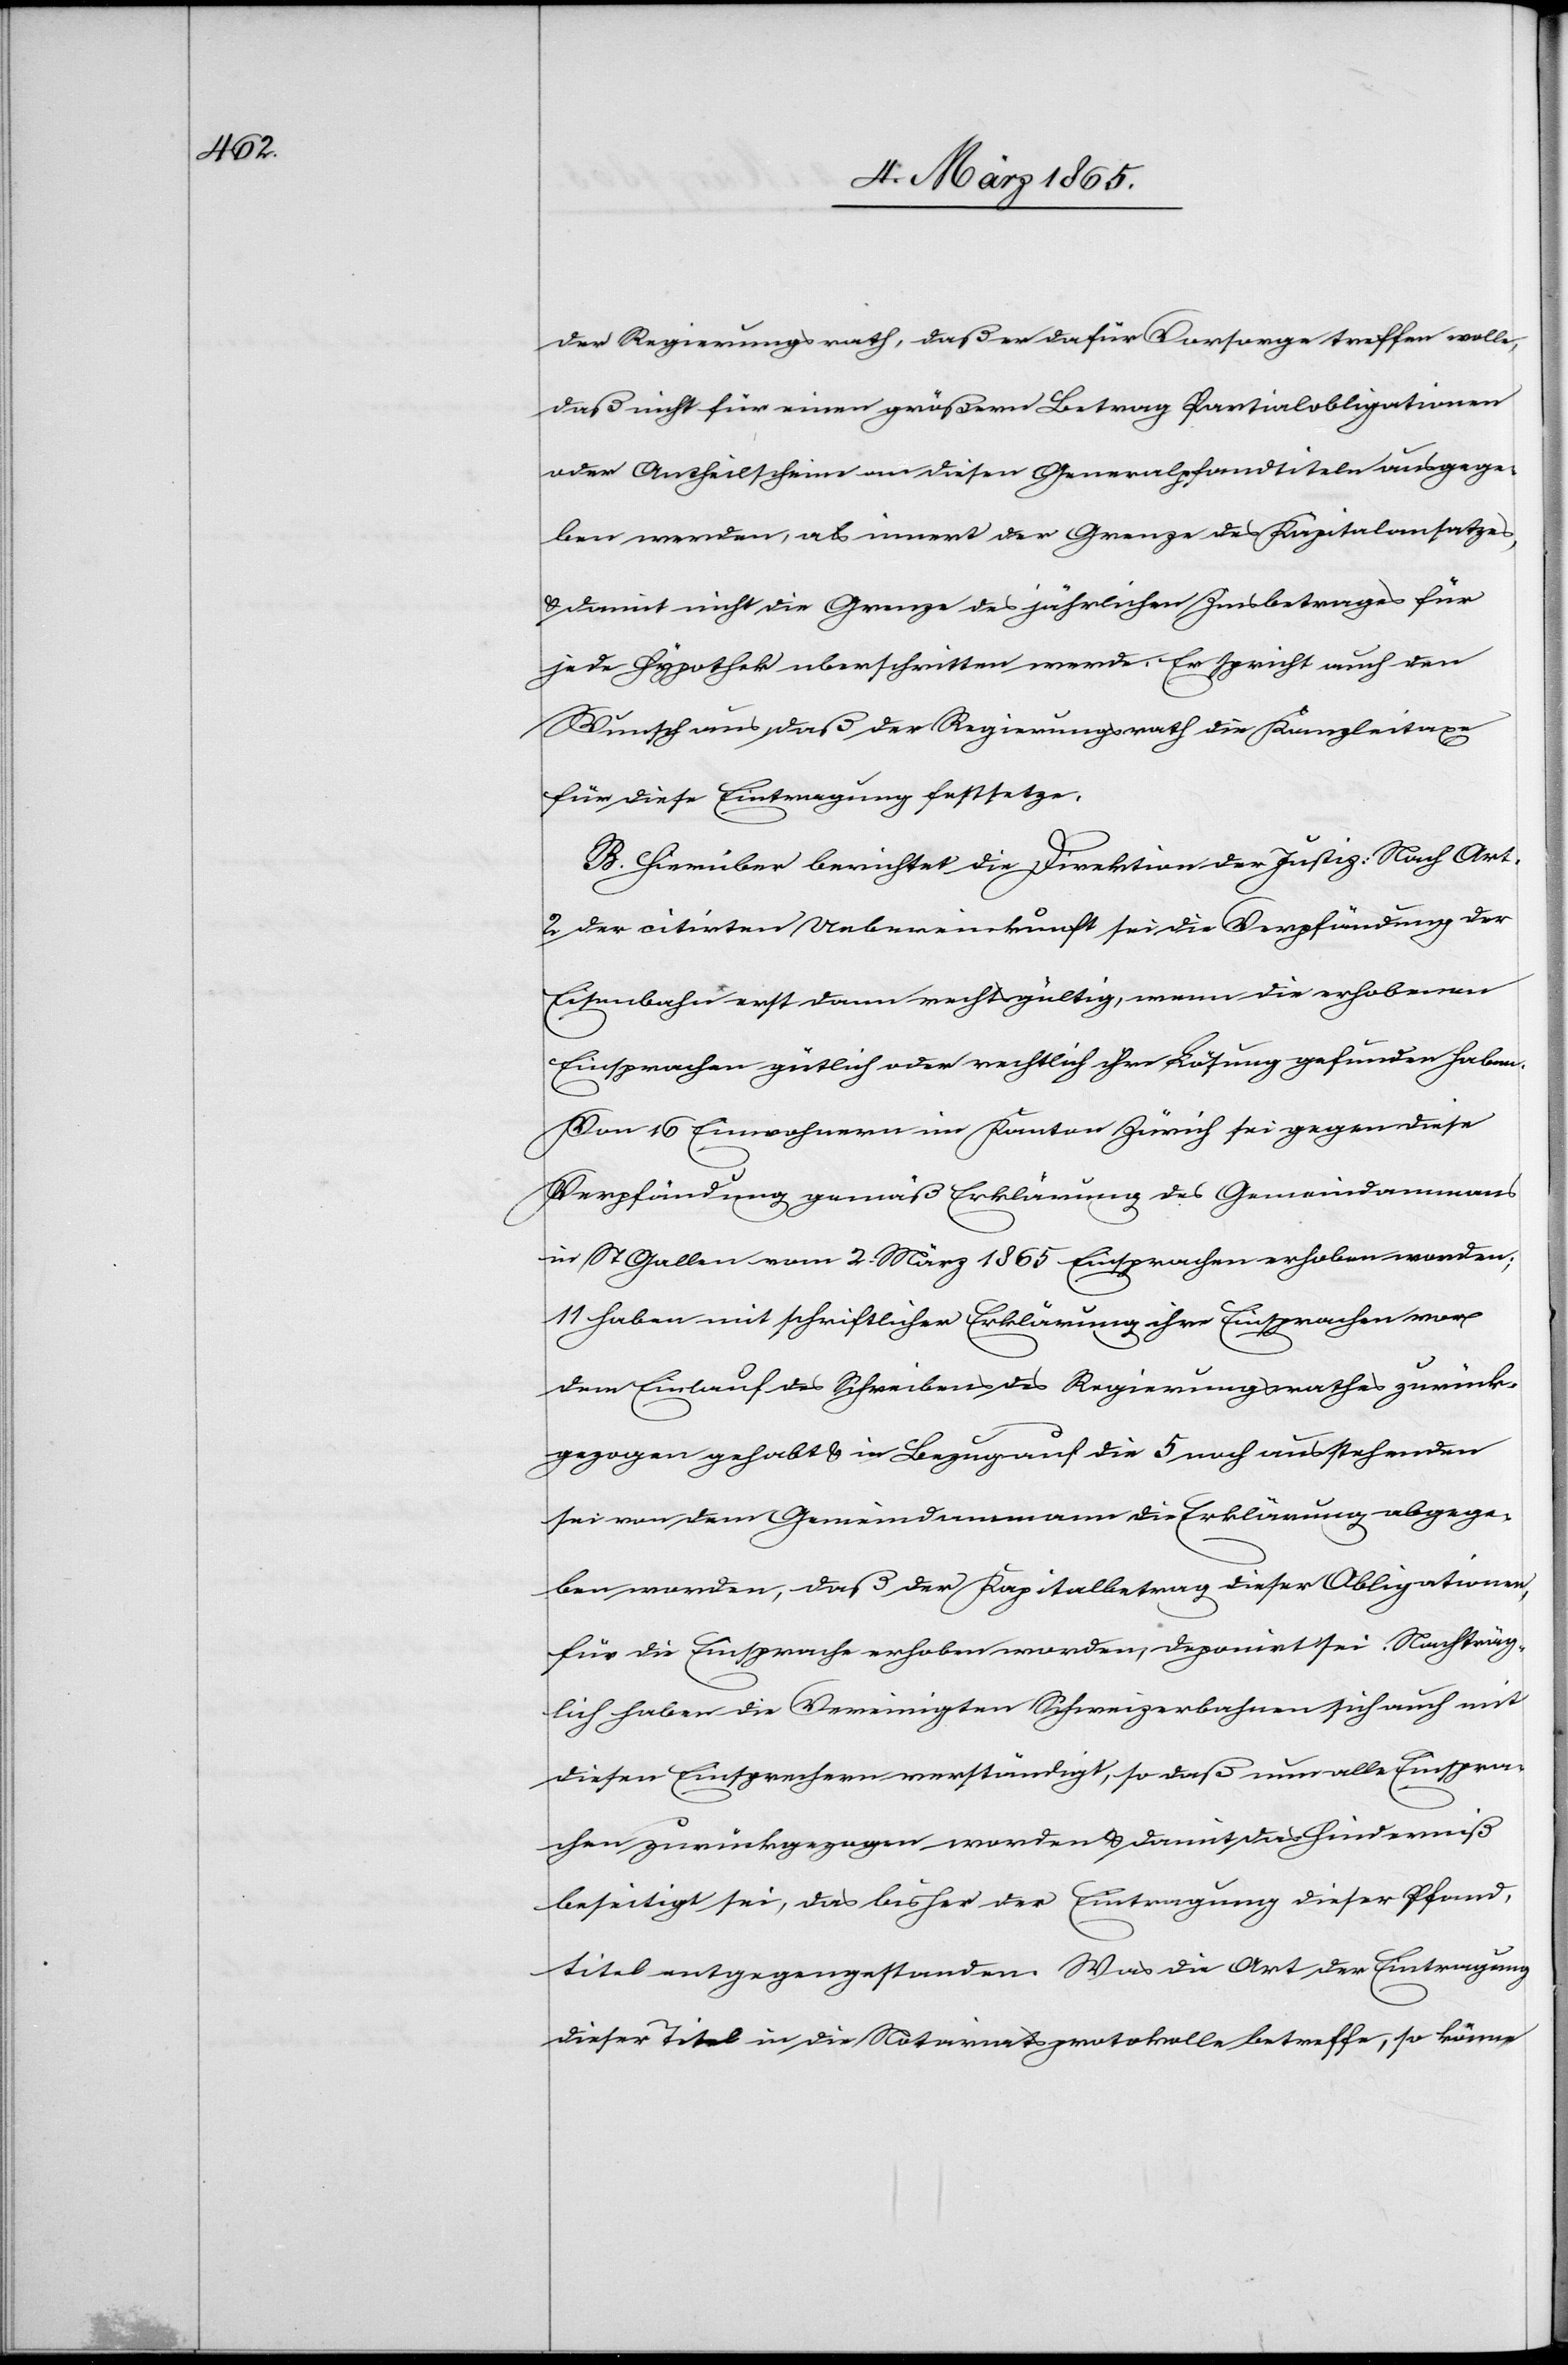
der Regierungsrath, daß er dafür Vorsorge treffen wolle,
daß nicht für einen größern Betrag Partialobligationen
oder Antheilscheine an diesen Generalpfandtiteln ausgege¬
ben werden, als innert der Grenze des Kapitalansatzes,
u. damit nicht die Grenze des jährlichen Zinsbetrages für
jede Hypothek uberschritten werde. Er spricht auch den
Wunsch aus, daß der Regierungsrath die Kanzleitaxe
für diese Eintragung festsetze.
B. Hierüber berichtet die Direktion der Justiz: Nach Art.
2 der citirten Uebereinkunft sei die Verpfändung der
Eisenbahn erst dann rechtsgültig, wenn die erhobenen
Einsprachen gütlich oder rechtlich ihre Lösung gefunden haben.
Von 16 Einwohnern im Kanton Zürich sei[en] gegen diese
Verpfändung gemäß Erklärung des Gemeindammanns
in St. Gallen vom 2. März 1865 Einsprachen erhoben worden;
11 haben mit schriftlicher Erklärung ihre Einsprachen vor
dem Einlauf des Schreibens des Regierungsrathes zurück¬
gezogen gehabt u. in Bezug auf die 5 noch ausstehenden
sei von dem Gemeindammann die Erklärung abgege¬
ben worden, daß der Kapitalbetrag dieser Obligationen,
für die Einsprache erhoben worden, deponirt sei. Nachträg¬
lich haben die Vereinigten Schweizerbahnen sich auch mit
diesen Einsprechern verständigt, so daß nun alle Einspra¬
chen zurückgezogen worden u. damit das Hinderniß
beseitigt sei, das bisher der Eintragung dieser Pfand¬
titel entgegengestanden. Was die Art der Eintragung
dieser Titel in die Notariatsprotokolle betreffe, so könne